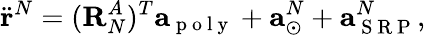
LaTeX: \ddot{\mathbf{r}}^{N}=(\mathbf{R}_{N}^{A})^{T}\mathbf{a}_{\mathrm{~p~o~l~y~}}+\mathbf{a}_{\odot}^{N}+\mathbf{a}_{\mathrm{~S~R~P~}}^{N},